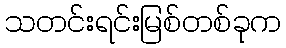
သတင်းရင်းမြစ်တစ်ခုက